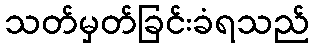
သတ်မှတ်ခြင်းခံရသည်